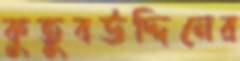
কুতুবউদ্দিনের